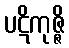
ပဋိကုဇ္ဇိ